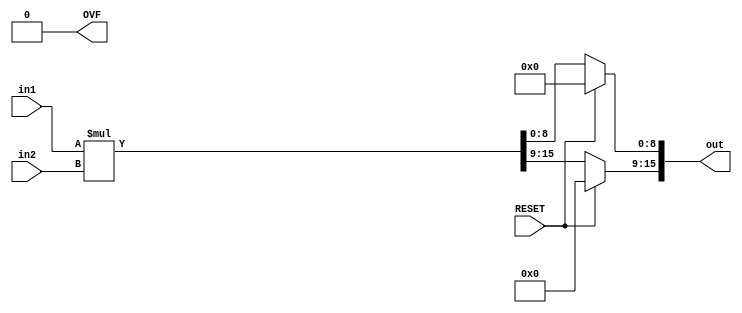
`timescale 1ns / 1ps

module mult_Fixed # ( parameter WI1 = 4, WF1 = 4,    // input 1 integer and fraction bits
                                WI2 = 4, WF2 = 4,    // input 2 integer and fraction bits
                             WIO = WI1 + WI2 - 1,    // output integer bits
                             WFO = WF1 + WF2 + 1 )   // output fraction bits
(
    input RESET,
    input signed [WI1 + WF1 - 1 : 0] in1,            // Multiplicand
    input signed [WI2 + WF2 - 1 : 0] in2,            // Multiplier
    output signed [WIO + WFO - 1 : 0] out,           // Output
    output reg OVF                                   // Overflow Flag
);
    // Local Parameters
    localparam WIP = WI1 + WI2 - 1;             // local parameters for Precise integer bits
    localparam WFP = WF1 + WF2 + 1;             // local parameters for Precise fraction bits
    
    // Temporary registers for output
    reg [WIO - 1 : 0] temp_out_int_bits;
    reg [WFO - 1 : 0] temp_out_frac_bits;
    
    // Compute the full precision product
    wire signed [WIP + WFP - 1 : 0] fullPreciseProduct = in1 * in2;     // Precise product
    
    // fullPreciseProduct Sign bit
    wire sign_Bit = fullPreciseProduct[WIP + WFP - 1];                  // fullPreciseProduct Sign bit
    
    // Store Integer bits and Fraction bits
    wire [WIP - 1 : 0] precise_int_bits  = fullPreciseProduct[WIP + WFP - 1 : WFP];   // Just the integer  bits of fullPreciseProduct
    wire [WFP - 1 : 0] precise_frac_bits = fullPreciseProduct[WFP - 1 : 0];           // Just the fraction bits of fullPreciseProduct
    
    // Int temp wire
    reg [WIP - WIO - 1 : 0] tmp;   // Truncated integer bits minus the sign bit
    
    initial OVF <= 0;       // Set intial state of overflow = 0
    
    always @ (*)
    begin
        if(RESET) begin temp_out_int_bits <= 0; temp_out_frac_bits <= 0; end  // asynchronous RESET
        else
        begin
            // Logic for integer bits
            if( WIO == WI1 + WI2 - 1 )  // Assign precise bits to temp_out_int_bits
            begin
                temp_out_int_bits <= precise_int_bits;
                // ----------------------------- Check for overflow
                if( in1[WI1+WF1-1]==in2[WI2+WF2-1]==~out[WIO+WFO-1] || (~in1[WI1+WF1-1]==~in2[WI2+WF2-1]==out[WIO+WFO-1]) )
                    OVF <= 1;
                else
                    OVF <= 0;
            end
            else if( WIO > WI1 + WI2 - 1 )  // sign-extend
            begin
                temp_out_int_bits <= {{ (WIO - WIP){precise_int_bits[WIP - 1]}} , precise_int_bits };
                OVF <= 0;       // Overflow always = 0 in this case
            end
            else        // WIO < WI1 + WI2 - 1;
            begin
                tmp <= precise_int_bits[WIP - 1 : WIP - (WIP - WIO)];
                temp_out_int_bits <= { precise_int_bits[WIP - 1], precise_int_bits[WIO - 2 : 0] };
                   // ----------------------------- Check for overflow
                if( (in1[WI1+WF1-1]==in2[WI2+WF2-1]== (&tmp) ) || ( ~in1[WI1+WF1-1]==~in2[WI2+WF2-1]== (|tmp)) )
                    OVF <= 0;
                else
                    OVF <= 1;
            end
            
            
            
            // Logic for fraction bits
            if( WFO == WF1 + WF2 + 1 ) 
            begin                       // Assign precise bits to temp_out_frac_bits
                temp_out_frac_bits <= precise_frac_bits;
                OVF <= 0;
            end
            else if( WFO > WF1 + WF2 + 1 )
            begin                           // Append zeros
                temp_out_frac_bits <= { precise_frac_bits[WFP - 1 : 0] , {(WFO - (WF1 + WF2 + 1)){1'b0}} };
                OVF <= 0;
            end
            else
            begin       // WFO < WF1 + WF2 + 1; Truncate bits
                temp_out_frac_bits <= precise_frac_bits[WFP - 1 : WFP - 1 - (WFO - 1)];
                OVF <= 0;
            end
        end
    end
    
    assign out = {temp_out_int_bits, temp_out_frac_bits};
    
endmodule